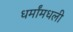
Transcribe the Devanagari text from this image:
धर्मांमधली